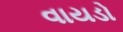
વાયડો